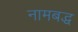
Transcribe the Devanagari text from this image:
नामबद्ध